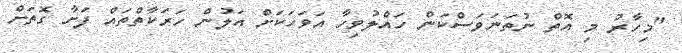
"މިހާރު މި އޮތް ނުތަނަވަސްކަން ހައްލުވިހާ އަވަހަކަށް އަލުން ހަރަކާތްތައް ފަށާ ގޮތަށް